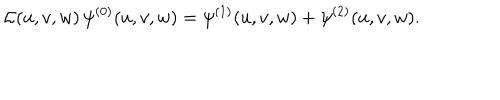
{ \cal L } ( u , v , w ) \, \psi ^ { ( 0 ) } ( u , v , w ) = \psi ^ { ( 1 ) } ( u , v , w ) + \psi ^ { ( 2 ) } ( u , v , w ) .